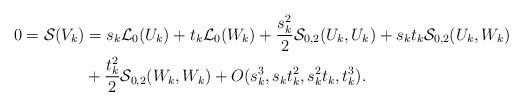
LaTeX: \begin{align*}0=\mathcal{S}(V_k) &=s_k\mathcal{L}_{0}(U_k)+t_k\mathcal{L}_0(W_k)+\frac{s_k^2}{2}\mathcal{S}_{0,2}(U_k,U_k)+s_kt_k\mathcal{S}_{0,2}(U_k,W_k)\\&+\frac{t_k^2}{2}\mathcal{S}_{0,2}(W_k,W_k) +O(s_k^3,s_kt_k^2,s_k^2t_k,t_k^3).\end{align*}